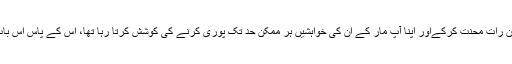
اور وہ جو پوری زندگی، دن رات محنت کرکےاور اپنا آپ مار کے ان کی خواہشیں ہر ممکن حد تک پوری کرنے کی کوشش کرتا رہا تھا، اس کے پاس اس بات کا کوئی جواب نہیں ہوتا۔